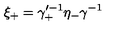
\xi _ { + } = \gamma _ { + } ^ { \prime - 1 } \eta _ { - } \gamma ^ { - 1 }